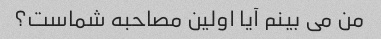
من می بینم آیا اولین مصاحبه شماست؟